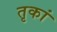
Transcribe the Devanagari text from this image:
तृकां